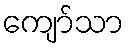
ကျော်သာ